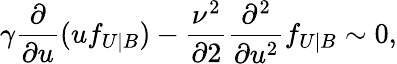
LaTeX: \gamma\frac{\partial}{\partial u}(uf_{U|B})-\frac{\nu^{2}}{\partial 2}\frac{\partial^{2}}{\partial u^{2}}f_{U|B}\sim 0,